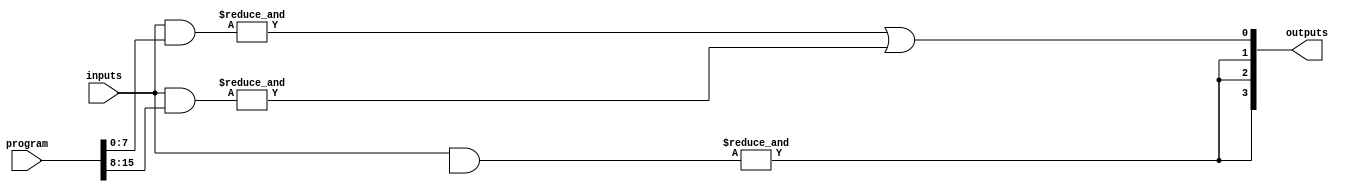
module hs_pal (
    input wire [N-1:0] inputs,        // N input signals
    input wire [M-1:0] program,       // M programming signals (1 for connected, 0 for not connected)
    output wire [P-1:0] outputs       // P output signals
);

// Parameters
parameter N = 8;                    // Number of inputs
parameter M = 16;                   // Number of programmable AND gates
parameter P = 4;                    // Number of fixed OR outputs

// Programmable AND array
wire [M-1:0] and_outputs;           // Outputs of the AND gates

genvar i, j;
generate
    for (i = 0; i < M; i = i + 1) begin : and_gate
        // Each AND gate can take inputs based on the programming signal
        wire [N-1:0] and_inputs;
        assign and_inputs = {inputs[N-1:0] & {program[i*N +: N]}};
        assign and_outputs[i] = &and_inputs;  // AND operation
    end
endgenerate

// Fixed OR array
wire [P-1:0] or_outputs;            // Outputs of the OR gates

assign or_outputs[0] = and_outputs[0] | and_outputs[1]; // Example OR combinations
assign or_outputs[1] = and_outputs[2] | and_outputs[3];
assign or_outputs[2] = and_outputs[4] | and_outputs[5];
assign or_outputs[3] = and_outputs[6] | and_outputs[7];

// Output assignment
assign outputs = or_outputs;

endmodule